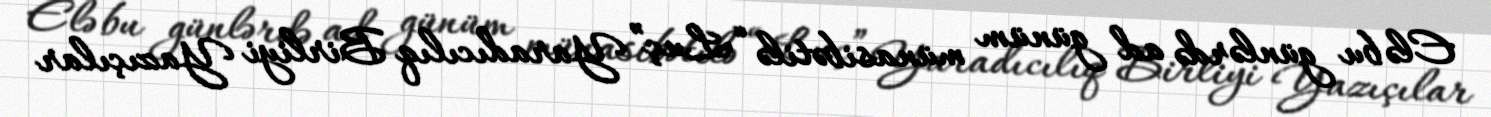
Elə bu günlərdə ad günüm münasibətilə “Luç” Yaradıcılıq Birliyi Yazıçılar